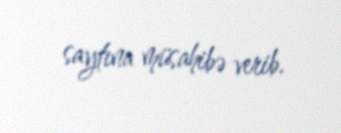
saytına müsahibə verib.